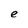
Character: e